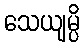
သေယျမ္ပိ